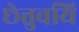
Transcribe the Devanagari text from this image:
छेत्तुवयि